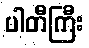
ပါတီကြီး